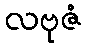
လဗုဇံ